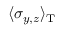
\langle \sigma _ { y , z } \rangle _ { \mathrm { T } }